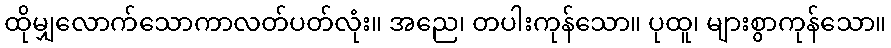
ထိုမျှလောက်သောကာလတ်ပတ်လုံး။ အညေ၊ တပါးကုန်သော။ ပုထူ၊ များစွာကုန်သော။